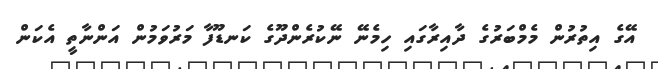
އޭގެ އިތުރުން މެމްބަރުގެ ދާއިރާގައި ހިމެނޭ ނޭކުރެންދޫގެ ކަނޑޫފާ މަރުވަމުން އަންނާތީ އެކަން